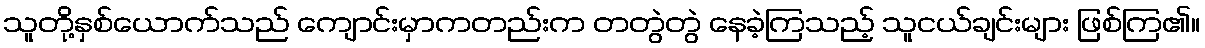
သူတို့နှစ်ယောက်သည် ကျောင်းမှာကတည်းက တတွဲတွဲ နေခဲ့ကြသည့် သူငယ်ချင်းများ ဖြစ်ကြ၏။